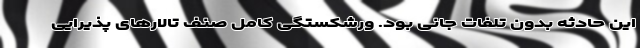
این حادثه بدون تلفات جانی بود. ورشکستگی کامل صنف تالارهای پذیرایی